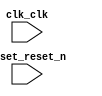

module dual_boot (
	clk_clk,
	reset_reset_n);	

	input		clk_clk;
	input		reset_reset_n;
endmodule